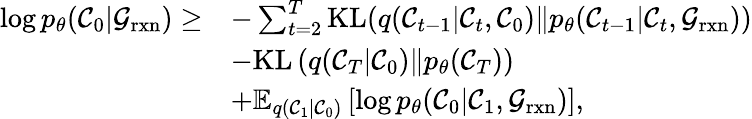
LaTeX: \begin{array}{rl}{\log p_{\theta}(\mathcal{C}_{0}\vert\mathcal{G}_{\mathrm{rxn}})\ge}&{-\sum_{t=2}^{T}\mathrm{KL}(q(\mathcal{C}_{t-1}\vert\mathcal{C}_{t},\mathcal{C}_{0})\Vert p_{\theta}(\mathcal{C}_{t-1}\vert\mathcal{C}_{t},\mathcal{G}_{\mathrm{rxn}}))}\\ &{-\mathrm{KL}\left(q(\mathcal{C}_{T}\vert\mathcal{C}_{0})\Vert p_{\theta}(\mathcal{C}_{T})\right)}\\ &{+\mathbb{E}_{q(\mathcal{C}_{1}\vert\mathcal{C}_{0})}\left[\log p_{\theta}(\mathcal{C}_{0}\vert\mathcal{C}_{1},\mathcal{G}_{\mathrm{rxn}})\right],}\end{array}